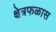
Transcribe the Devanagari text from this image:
क्षेत्रफळास